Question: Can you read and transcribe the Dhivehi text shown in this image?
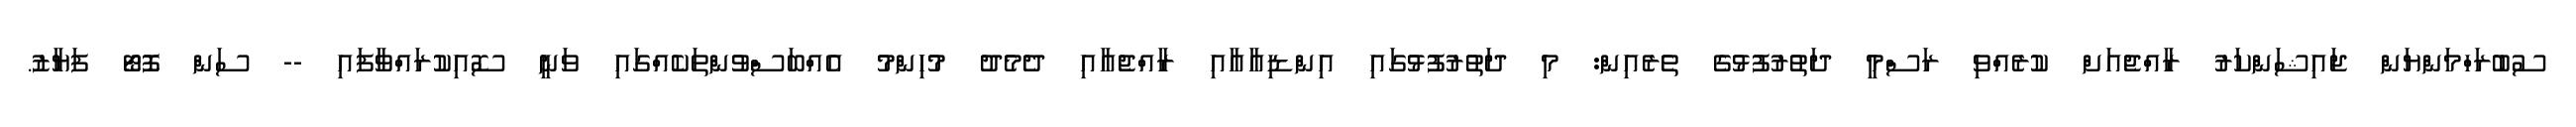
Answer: ސުބުރަހްމަންޔަން ޖައިޝަންކަރު ރާއްޖެއަށް ކުރެއްވި ރަސްމީ ދަތުރުފުޅުގެ ތެރެއިން: މި ދަތުރުފުޅުގައި އިންޑިއާއާއި ރާއްޖެއާއި ދެމެދު މުހިންމު އެއްބަސްވުންތަކެއްގައި ވަނީ ސޮއިކުރައްވާފައި -- ސަން ފޮޓޯ ފަޔާޒު.